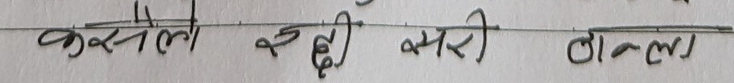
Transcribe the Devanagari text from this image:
कसैले कहिँ कसैरी ढाल्न